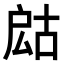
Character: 𢩍